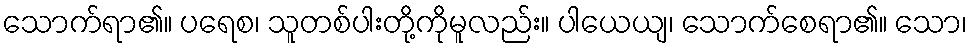
သောက်ရာ၏။ ပရေစ၊ သူတစ်ပါးတို့ကိုမူလည်း။ ပါယေယျ၊ သောက်စေရာ၏။ သော၊